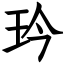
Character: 玪